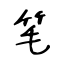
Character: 笔